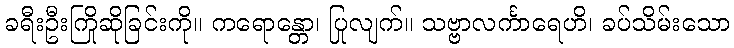
ခရီးဦးကြိုဆိုခြင်းကို။ ကရောန္တော၊ ပြုလျက်။ သဗ္ဗာလင်္ကာရေဟိ၊ ခပ်သိမ်းသော